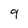
Character: 9